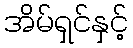
အိမ်ရှင်နှင့်